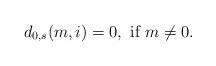
LaTeX: \begin{align*}d_{0,s}(m,i)=0,\mbox{ if }m\ne 0.\end{align*}